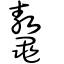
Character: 鼇